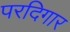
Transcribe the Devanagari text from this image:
परदिगार